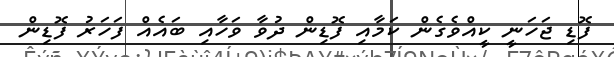
ފޮޑި ޖަހަނީ ކީއްވެގެން ކަމާއި ފޮޑިން ދުވާ ވަހާއި ބައެއް ފަހަރު ފޮޑިން